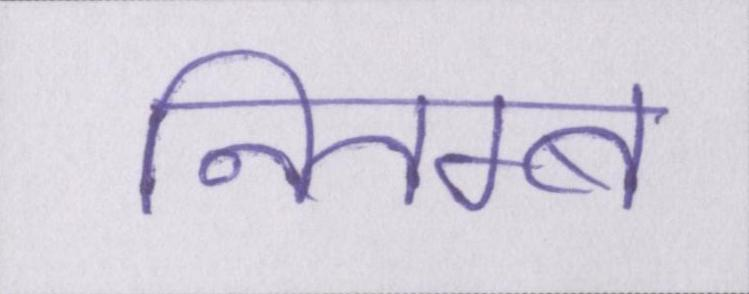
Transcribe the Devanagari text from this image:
नितम्ब